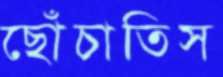
ছোঁচাতিস